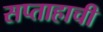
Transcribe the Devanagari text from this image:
सप्ताहाची